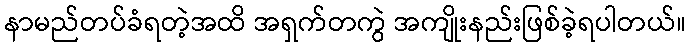
နာမည်တပ်ခံရတဲ့အထိ အရှက်တကွဲ အကျိုးနည်းဖြစ်ခဲ့ရပါတယ်။